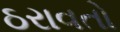
ઠરાવતો